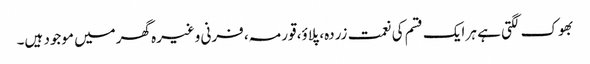
بھوک لگتی ہے ہر ایک قسم کی نعمت زردہ، پلاؤ، قورمہ، فرنی وغیرہ گھرمیں موجود ہیں۔